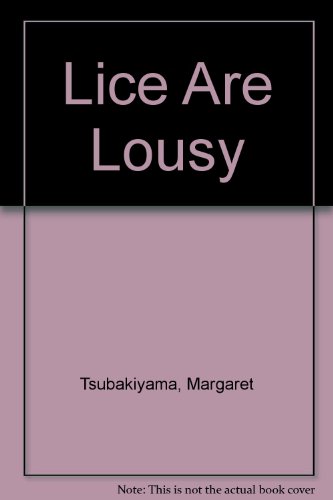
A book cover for Lice Are Lousy; Margaret Tsubakiyama; Health, Fitness & Dieting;